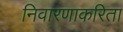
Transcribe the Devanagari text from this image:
निवारणाकरिता